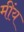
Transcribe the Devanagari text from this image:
मींय